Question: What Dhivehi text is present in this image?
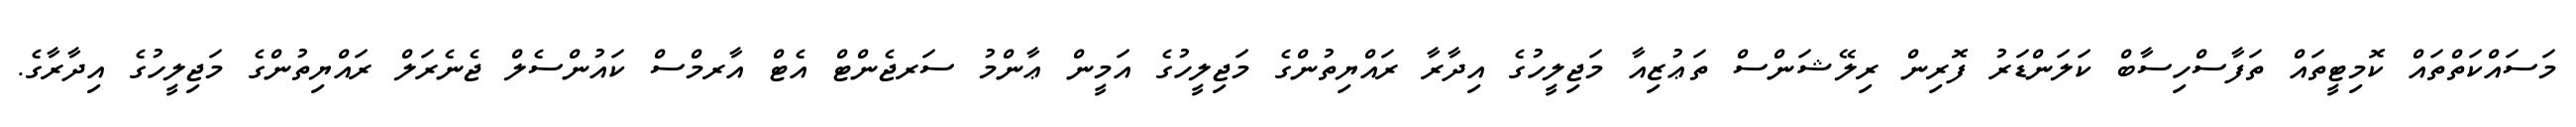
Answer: މަސައްކަތްތައް ކޮމިޓީތައް ތަފާސްހިސާބް ކަލަންޑަރު ފޮރިން ރިލޭޝަންސް ތަޢުޒިއާ މަޖިލީހުގެ އިދާރާ ރައްޔިތުންގެ މަޖިލީހުގެ އަމީން ޢާންމު ސަރޖެންޓް އެޓް އާރމްސް ކައުންސެލް ޖެނެރަލް ރައްޔިތުންގެ މަޖިލީހުގެ އިދާރާގެ.